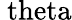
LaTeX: \mathrm{\ theta}